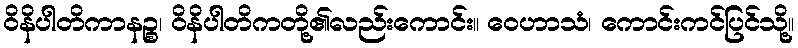
ဝိနိပါတိကာနဉ္စ၊ ဝိနိပါတိကတို့၏လည်းကောင်း။ ဝေဟာသံ၊ ကောင်းကင်ပြင်သို့။